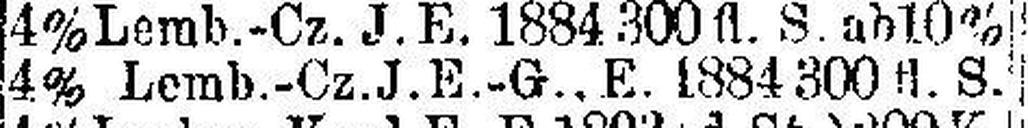
4% Lemb.-Cz.J.E.-G.. E. 1884 300 fl. S.